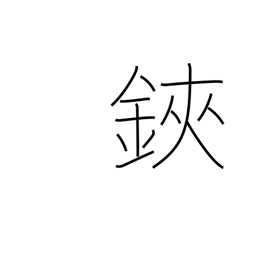
Meaning: scissors